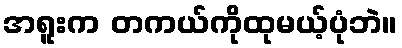
အရူးက တကယ်ကိုထုမယ့်ပုံဘဲ။